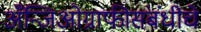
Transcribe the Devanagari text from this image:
अँन्जिओग्राफीसंबंधीचे